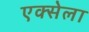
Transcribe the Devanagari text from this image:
एक्सेला